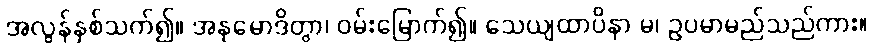
အလွန်နှစ်သက်၍။ အနုမောဒိတွာ၊ ဝမ်းမြောက်၍။ သေယျထာပိနာ မ၊ ဥပမာမည်သည်ကား။